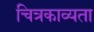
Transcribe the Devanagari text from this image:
चित्रकाव्यता